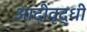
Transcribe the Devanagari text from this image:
आदीवृद्धी